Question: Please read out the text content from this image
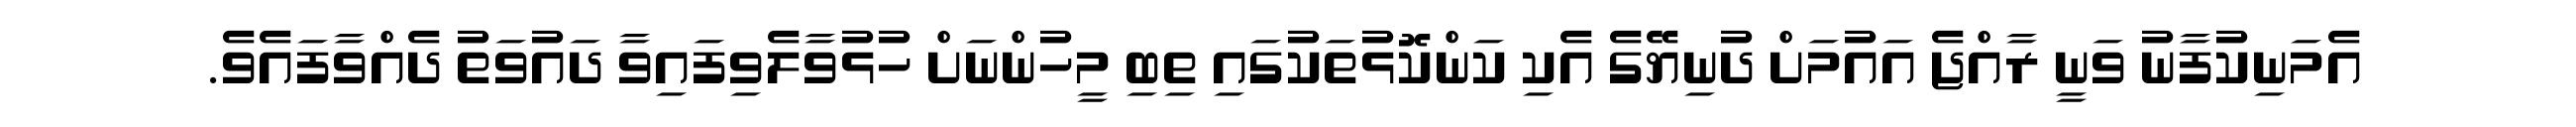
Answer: އެމަނިކުފާނު ވަނީ ރާއްޖެ އައުމަށް ދުނިޔޭގެ އެކި ކަންކޮޅުތަކުގައި ތިބި މީހުންނަށް ހުޅުވާލެވިފައިވާ ދައުވަތު ދެއްވާފައެވެ.